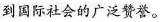
国际社会的广泛赞誉。